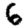
Digit: 6